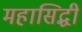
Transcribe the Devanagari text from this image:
महासिद्धी